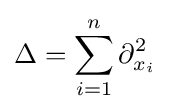
\Delta =\sum _{i=1}^{n}\partial _{x_{i}}^{2}